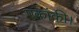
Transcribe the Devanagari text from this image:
एकांकी।